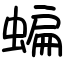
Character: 蝙